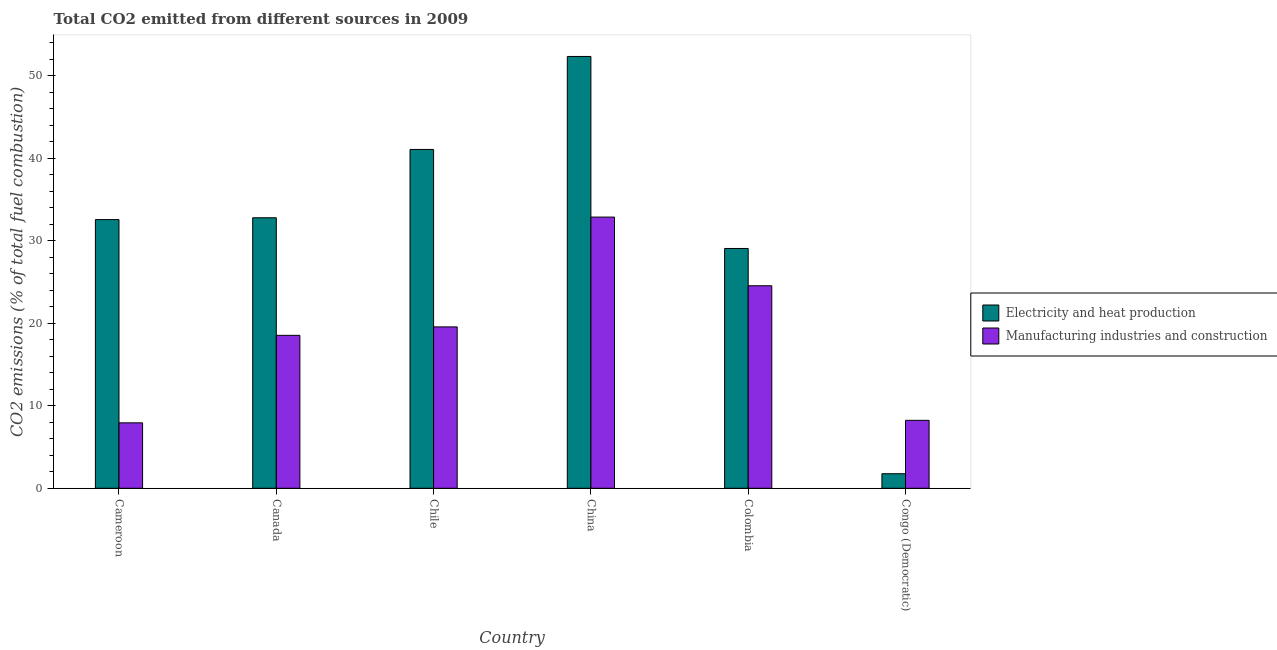
| Country | Electricity and heat production | Manufacturing industries and construction |
 | --- | --- | --- |
 | Cameroon | 32.6 | 7.93 |
 | Canada | 32.8 | 18.5 |
 | Chile | 41.1 | 19.6 |
 | China | 52.3 | 32.9 |
 | Colombia | 29.1 | 24.5 |
 | Congo (Democratic) | 1.76 | 8.24 |